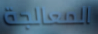
المعالجة